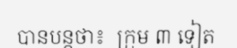
បានបន្តថា៖  ក្រុម ៣ ទៀត